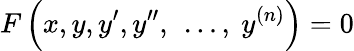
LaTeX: F\left(x,y,y^{\prime},y^{\prime\prime},\ \ldots,\ y^{(n)}\right)=0